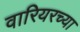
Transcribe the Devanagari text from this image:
वारियरच्या